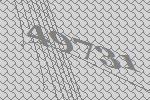
49731